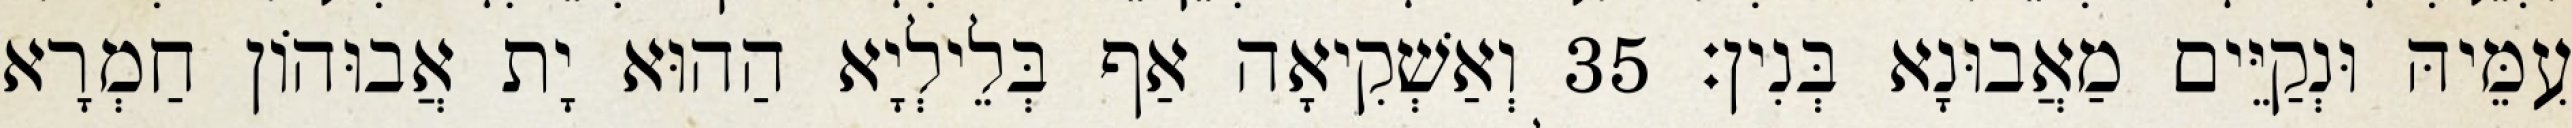
עִמֵּיהּ וּנְקַיֵּים מַאֲבוּנָא בְּנִין׃ 35 וְאַשְׁקִיאָה אַף בְּלֵילְיָא הַהוּא יָת אֲבוּהוֹן חַמְרָא